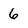
Character: 6